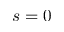
s = 0